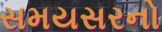
સમયસરનો